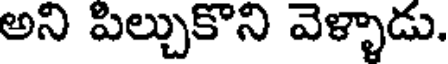
అని పిల్చుకొని వెళ్ళాడు.